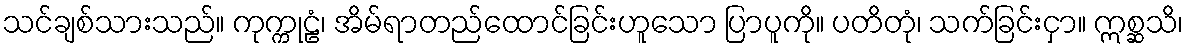
သင်ချစ်သားသည်။ ကုက္ကုဠံ၊ အိမ်ရာတည်ထောင်ခြင်းဟူသော ပြာပူကို။ ပတိတုံ၊ သက်ခြင်းငှာ။ ဣစ္ဆသိ၊